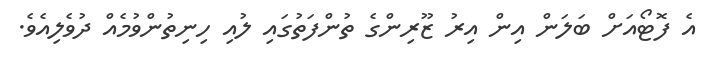
އެ ފޮޓޯއަށް ބަލަން އިން އިރު ޒޫރިންގެ ތުންފަތުގައި ލުއި ހިނިތުންވުމެއް ދުވެލިއެވެ.